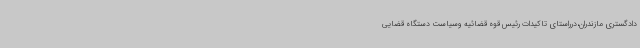
دادگستری مازندران،درراستای تاکیدات رئیس قوه قضائیه وسیاست دستگاه قضایی